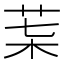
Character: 𦮇